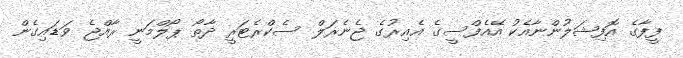
ފީފާގެ އޮފިޝަލުންނާއެކު އޭއެފްސީގެ އެއިރުގެ ޖެނެރަލް ސެކްރެޓަރީ ދާތޯ ޕޯލްމަނީ ރާއްޖެ ވަޑައިގެން